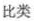
比类